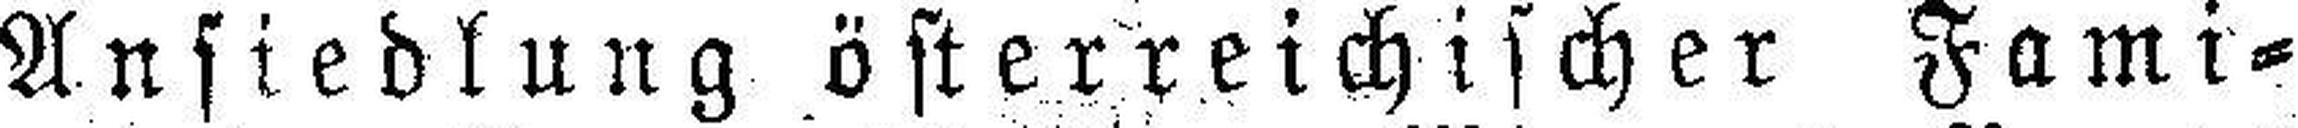
Ansiedlung österreichischer Fami¬